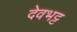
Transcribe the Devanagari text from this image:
देवभट्ट